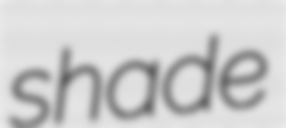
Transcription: shade